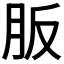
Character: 𦙀